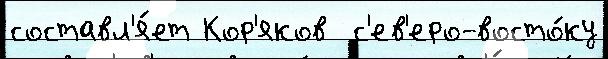
составл'я́ет Кор'яков  с'ев'еро-восто́ку